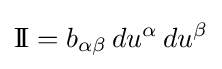
\mathrm {I\!I} =b_{\alpha \beta }\,du^{\alpha }\,du^{\beta }